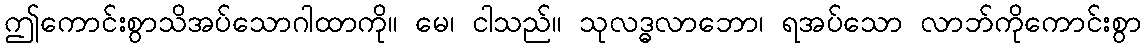
ဤကောင်းစွာသိအပ်သောဂါထာကို။ မေ၊ ငါသည်။ သုလဒ္ဓလာဘော၊ ရအပ်သော လာဘ်ကိုကောင်းစွာ